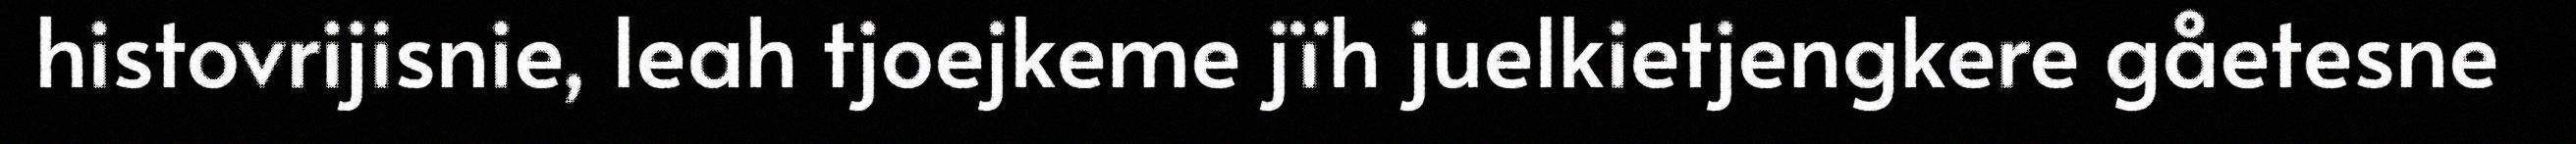
histovrijisnie, leah tjoejkeme jïh juelkietjengkere gåetesne